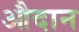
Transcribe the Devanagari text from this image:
औदान